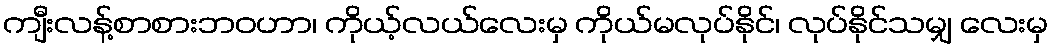
ကျီးလန့်စာစားဘဝဟာ၊ ကိုယ့်လယ်လေးမှ ကိုယ်မလုပ်နိုင်၊ လုပ်နိုင်သမျှ လေးမှ